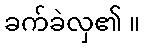
ခက်ခဲလှ၏ ။